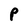
Character: P